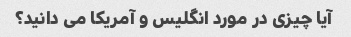
آیا چیزی در مورد انگلیس و آمریکا می دانید؟